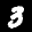
Label: 3